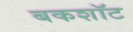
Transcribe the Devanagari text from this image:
बकशॉट